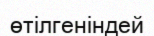
өтілгеніндей